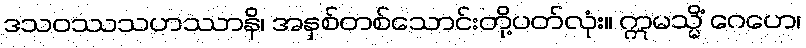
ဒသဝဿသဟဿာနိ၊ အနှစ်တစ်သောင်းတို့ပတ်လုံး။ ဣမသ္မိံ ဂေဟေ၊